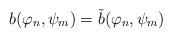
LaTeX: \begin{align*}b(\varphi_n,\psi_m) = \tilde{b}(\varphi_n,\psi_m)\end{align*}